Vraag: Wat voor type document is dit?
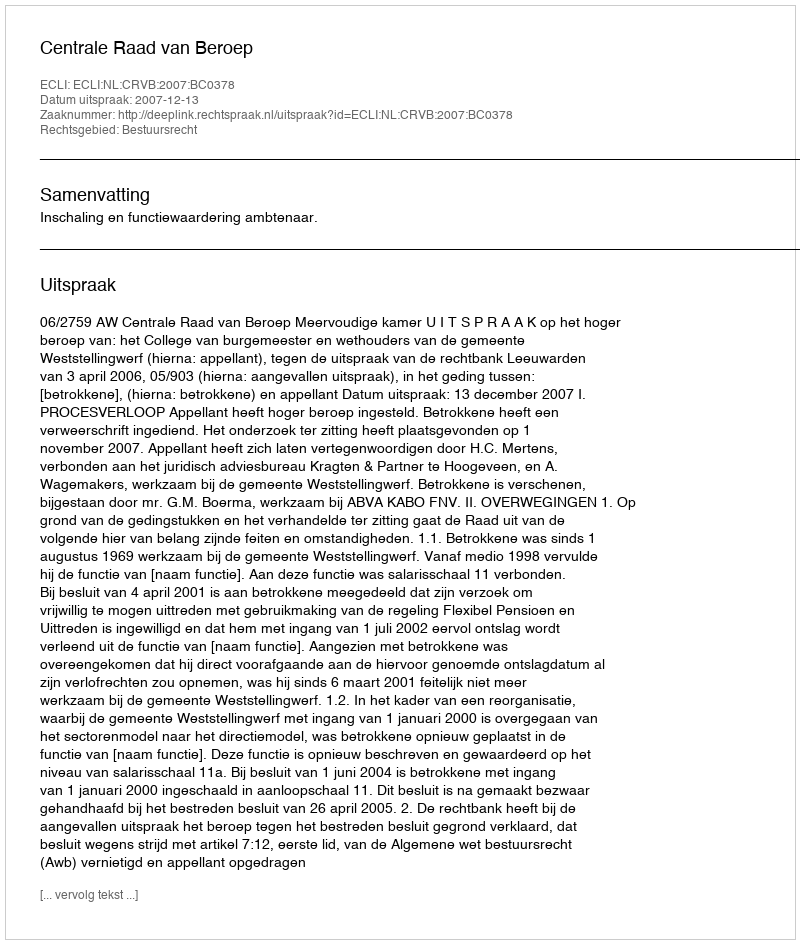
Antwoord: Uitspraak